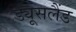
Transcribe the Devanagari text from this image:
ड्यूसलैंड